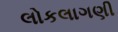
લોકલાગણી